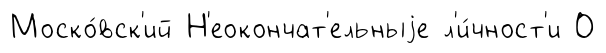
Моско́вск'ий Н'еокончат'ельныjе л'и́чност'и О